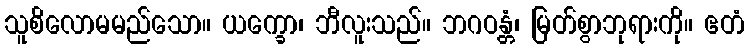
သူစိလောမမည်သော။ ယက္ခော၊ ဘီလူးသည်။ ဘဂဝန္တံ၊ မြတ်စွာဘုရားကို။ ဧတံ